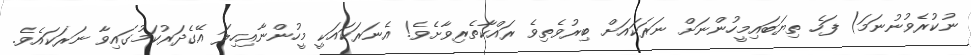
ނުކުރެވުނުނަމަ) ފަހެ ތިޔަބައިމީހުންނަށް ނަރަކައަށް ބިރުވެތިވެ ރައްކާތެރިވާށެވެ! އެނަރަކައަކީ މީހުންނާއިހިލަ އޭގެދަރުކަމުގައިވާ ނަރަކައެވެ.